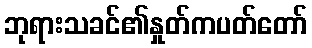
ဘုရားသခင်၏နှုတ်ကပတ်တော်